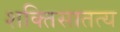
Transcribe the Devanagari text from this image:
शक्तिसातत्य